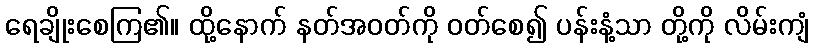
ရေချိုးစေကြ၏။ ထို့နောက် နတ်အဝတ်ကို ဝတ်စေ၍ ပန်းနံ့သာ တို့ကို လိမ်းကျံ